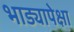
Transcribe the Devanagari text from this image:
भाड्यापेक्षा